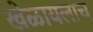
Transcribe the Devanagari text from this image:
खेळायलाच